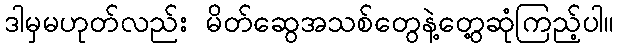
ဒါမှမဟုတ်လည်း မိတ်ဆွေအသစ်တွေနဲ့တွေ့ဆုံကြည့်ပါ။